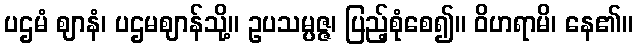
ပဌမံ ဈာနံ၊ ပဌမဈာန်သို့။ ဥပသမ္ပဇ္ဇ၊ ပြည့်စုံစေ၍။ ဝိဟရာမိ၊ နေ၏။